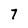
Character: 7